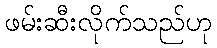
ဖမ်းဆီးလိုက်သည်ဟု